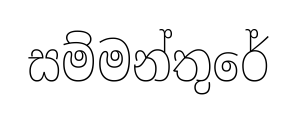
සම්මන්තුරේ